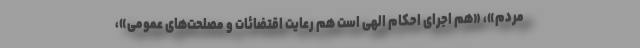
مردم»، «هم اجرای احکام الهی است هم رعایت اقتضائات و مصلحت‌های عمومی»،